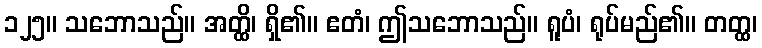
၁၂၅။ သဘောသည်။ အတ္ထိ၊ ရှိ၏။ ဧတံ၊ ဤသဘောသည်။ ရူပံ၊ ရုပ်မည်၏။ တတ္ထ၊